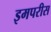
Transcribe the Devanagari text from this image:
इमपरीस